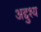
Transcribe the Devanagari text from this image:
अद्दुश्य